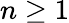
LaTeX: n\ge 1